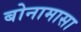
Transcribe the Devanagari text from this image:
बोनामासा